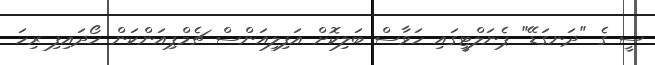
ސީ ގެ "ދަނގަޑޭ" ޕެނަލްޓީގައި ހަވާސް ބަލިކޮށް އަފިލިއަންސް ޗެމްޕިއަންކަން ހޯދައިފި ރިހަ